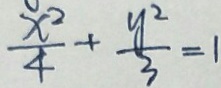
\frac { x ^ { 2 } } { 4 } + \frac { y ^ { 2 } } { 3 } = 1